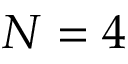
N = 4